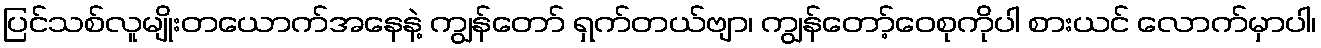
ပြင်သစ်လူမျိုးတယောက်အနေနဲ့ ကျွန်တော် ရှက်တယ်ဗျာ၊ ကျွန်တော့်ဝေစုကိုပါ စားယင် လောက်မှာပါ၊